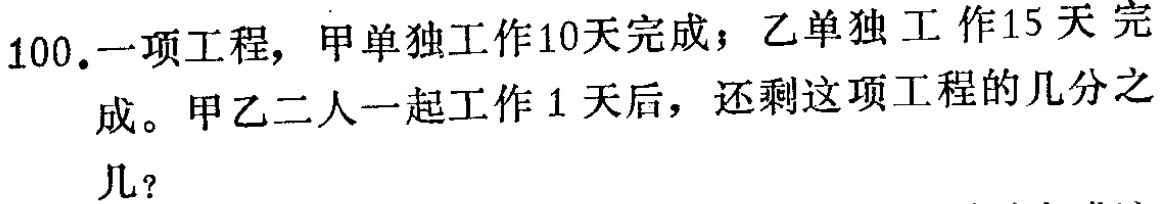
100.一项工程，甲单独工作10天完成；乙单独工作15天完成。甲乙二人一起工作1天后，还剩这项工程的几分之几？